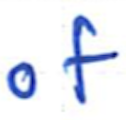
Text: of
Cross-out: clean
Writing tool: ballpoint